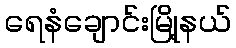
ရေနံချောင်းမြို့နယ်